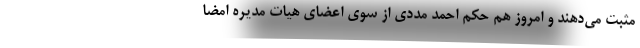
مثبت می‌دهند و امروز هم حکم احمد مددی از سوی اعضای هیات مدیره امضا